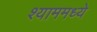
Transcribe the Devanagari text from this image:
श्याममध्ये